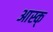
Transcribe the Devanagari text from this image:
आस्क्